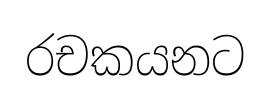
රචකයනට